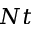
N t